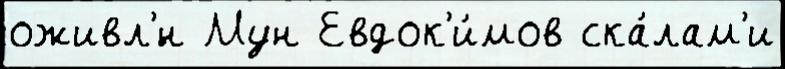
оживл'́н Мун Евдок'и́мов ска́лам'и